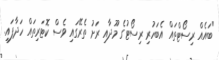
"ބައެއް ރިސޯޓްތައް އެބަހުރި ރިސޯޓުގެ މޫދާއި ރަށު ތެރޭގައި ވެސް ކޮޓަރިތައް ހަދާފައި.